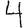
Digit: 4